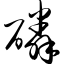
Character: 磷